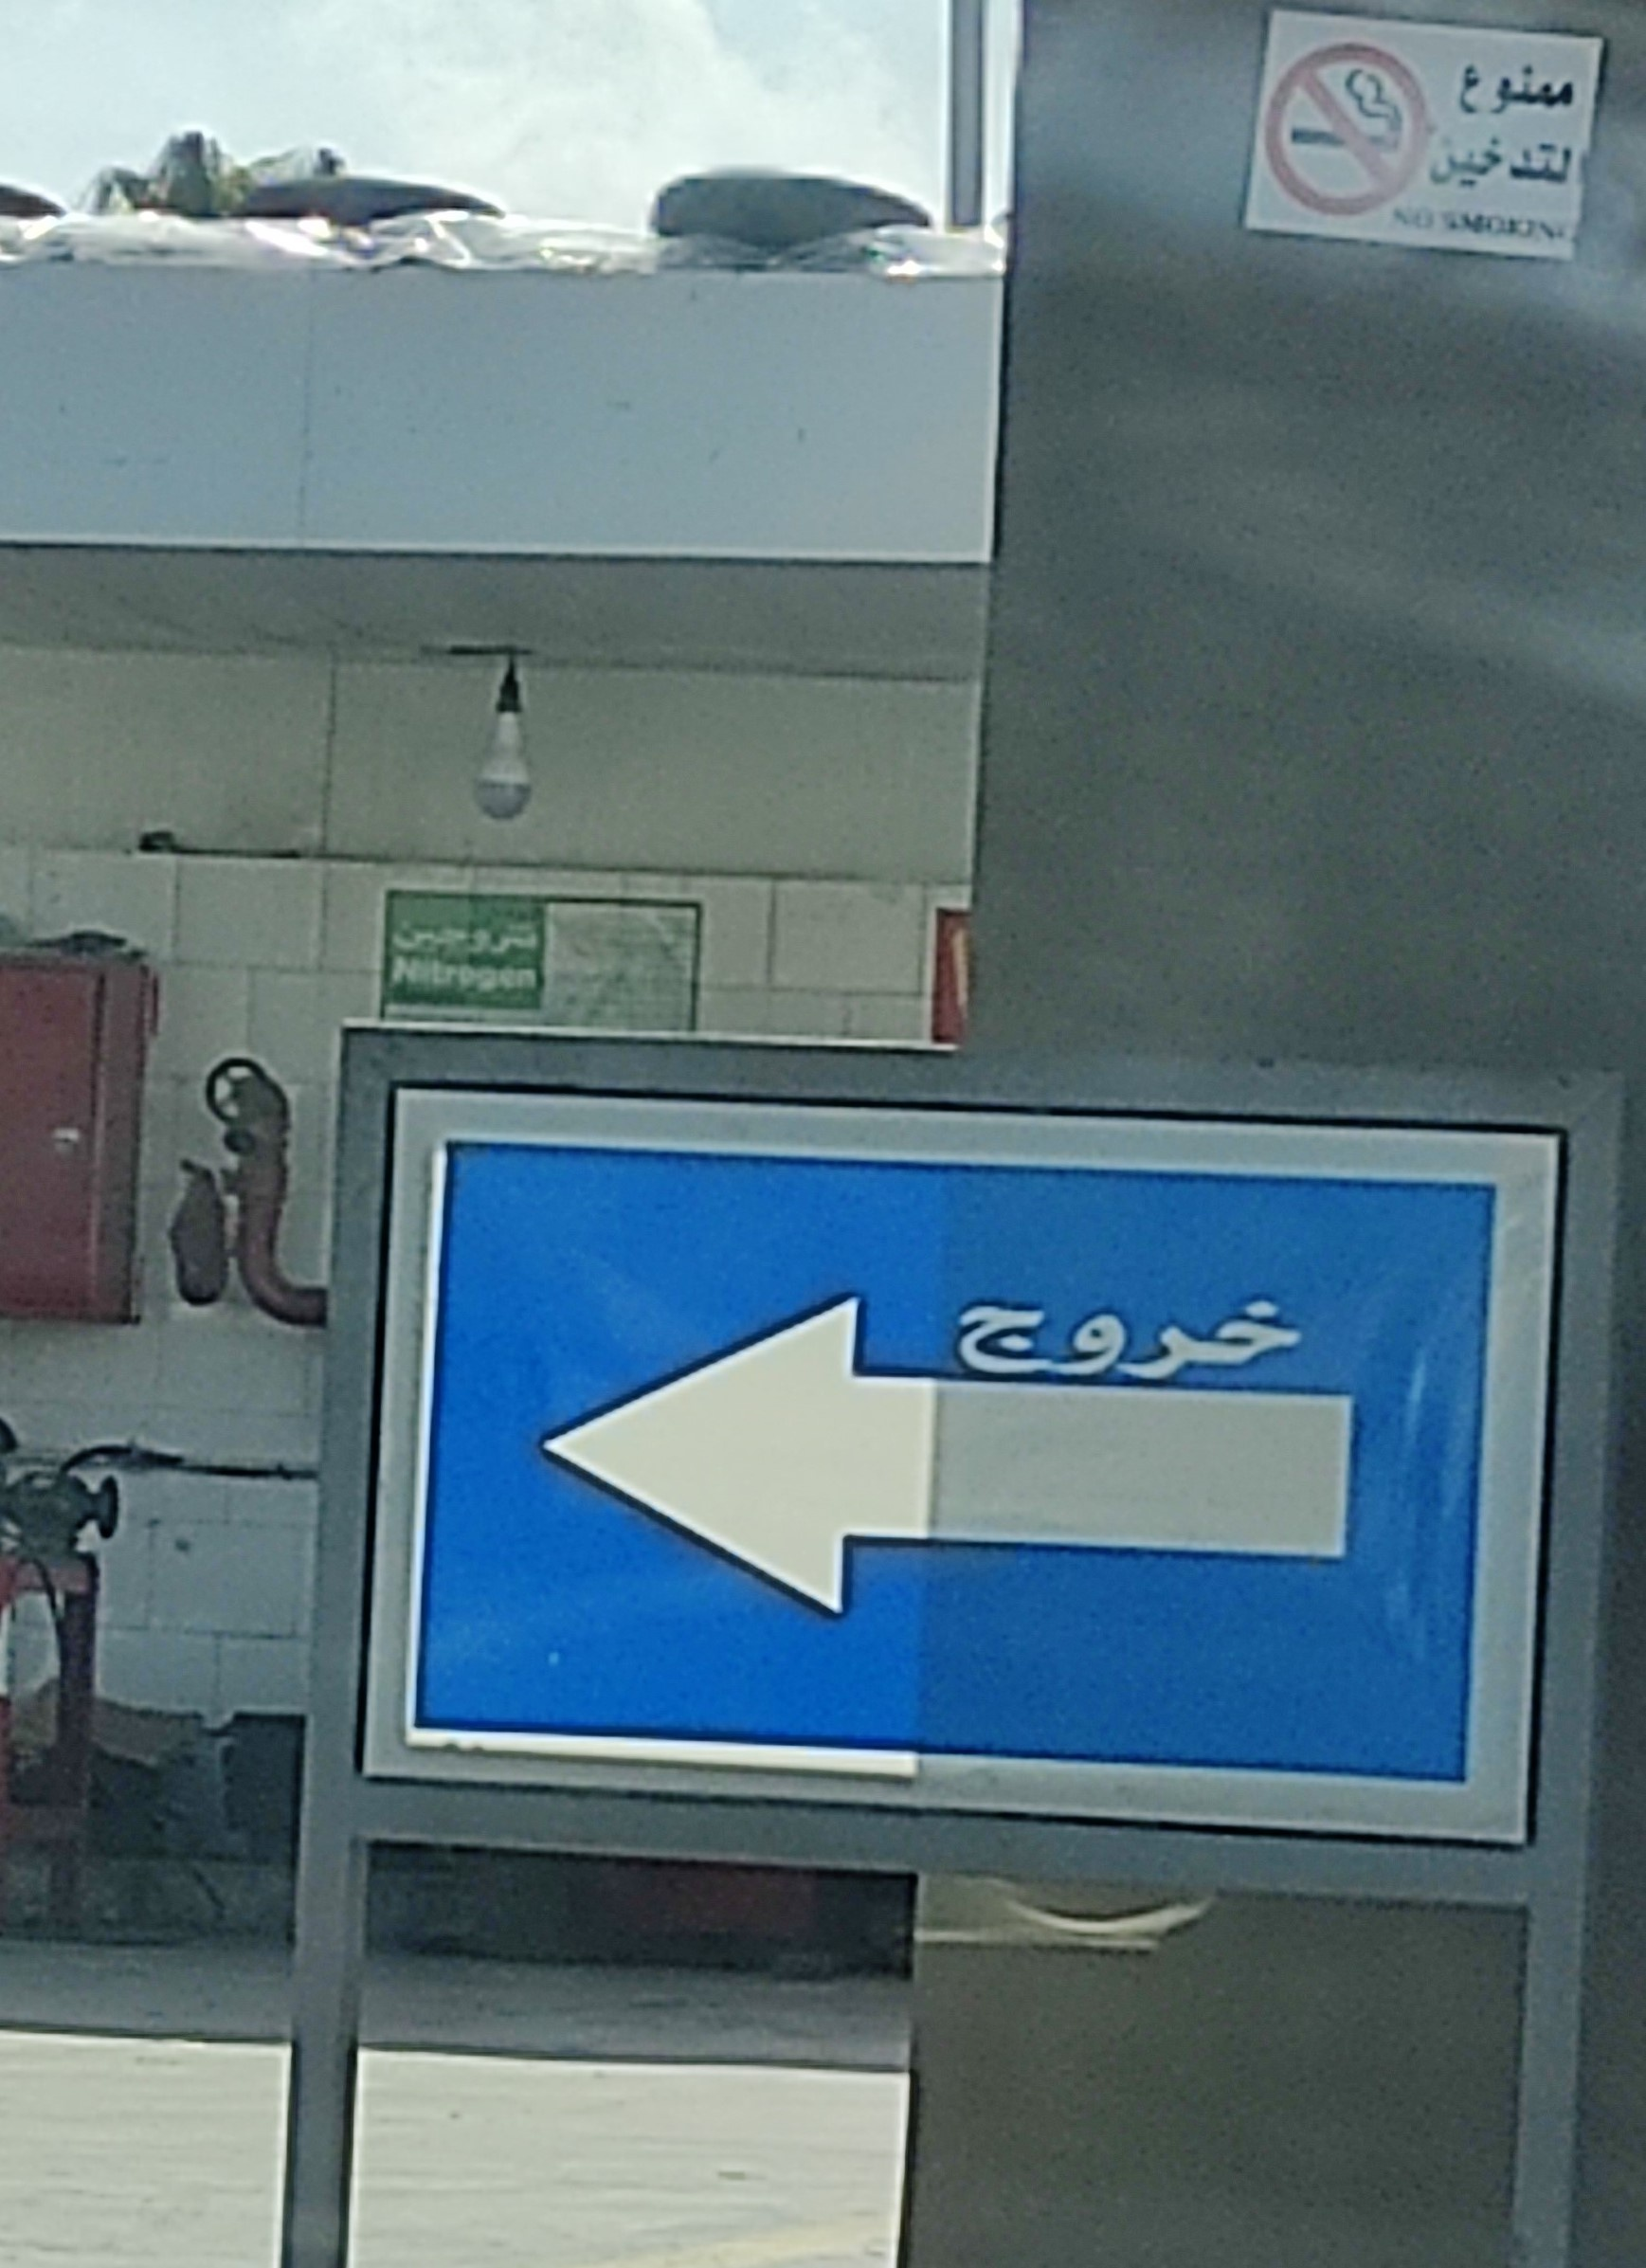
Text in image: ممنوع التدخين خروج